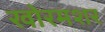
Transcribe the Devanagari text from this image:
खोरमशर